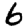
Digit: 6